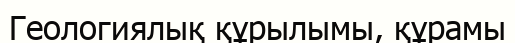
Геологиялық құрылымы, құрамы